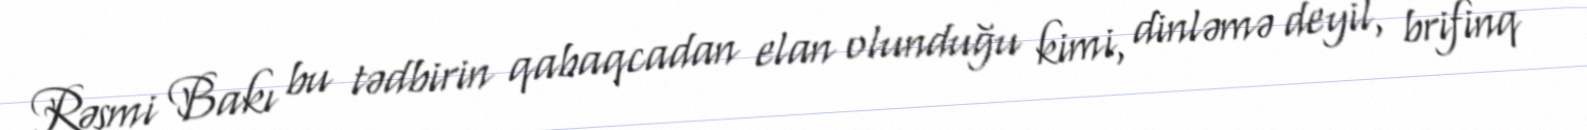
Rəsmi Bakı bu tədbirin qabaqcadan elan olunduğu kimi, dinləmə deyil, brifinq